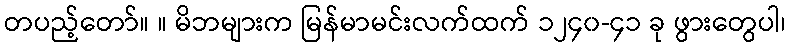
တပည့်တော်။ ။ မိဘများက မြန်မာမင်းလက်ထက် ၁၂၄၀-၄၁ ခု ဖွားတွေပါ၊